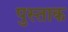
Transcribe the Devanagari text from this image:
पुस्ताक